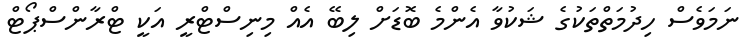
ނަމަވެސް ހިދުމަތްތަކުގެ ޝަކުވާ އެންމެ ބޮޑަށް ލިބޭ އެއް މިނިސްޓްރީ އަކީ ޓްރާންސްޕޯޓް